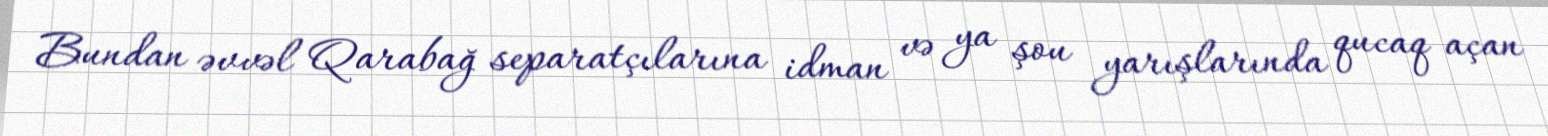
Bundan əvvəl Qarabağ separatçılarına idman və ya şou yarışlarında qucaq açan